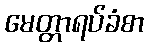
မေတ္တာရပ်ခံစာ